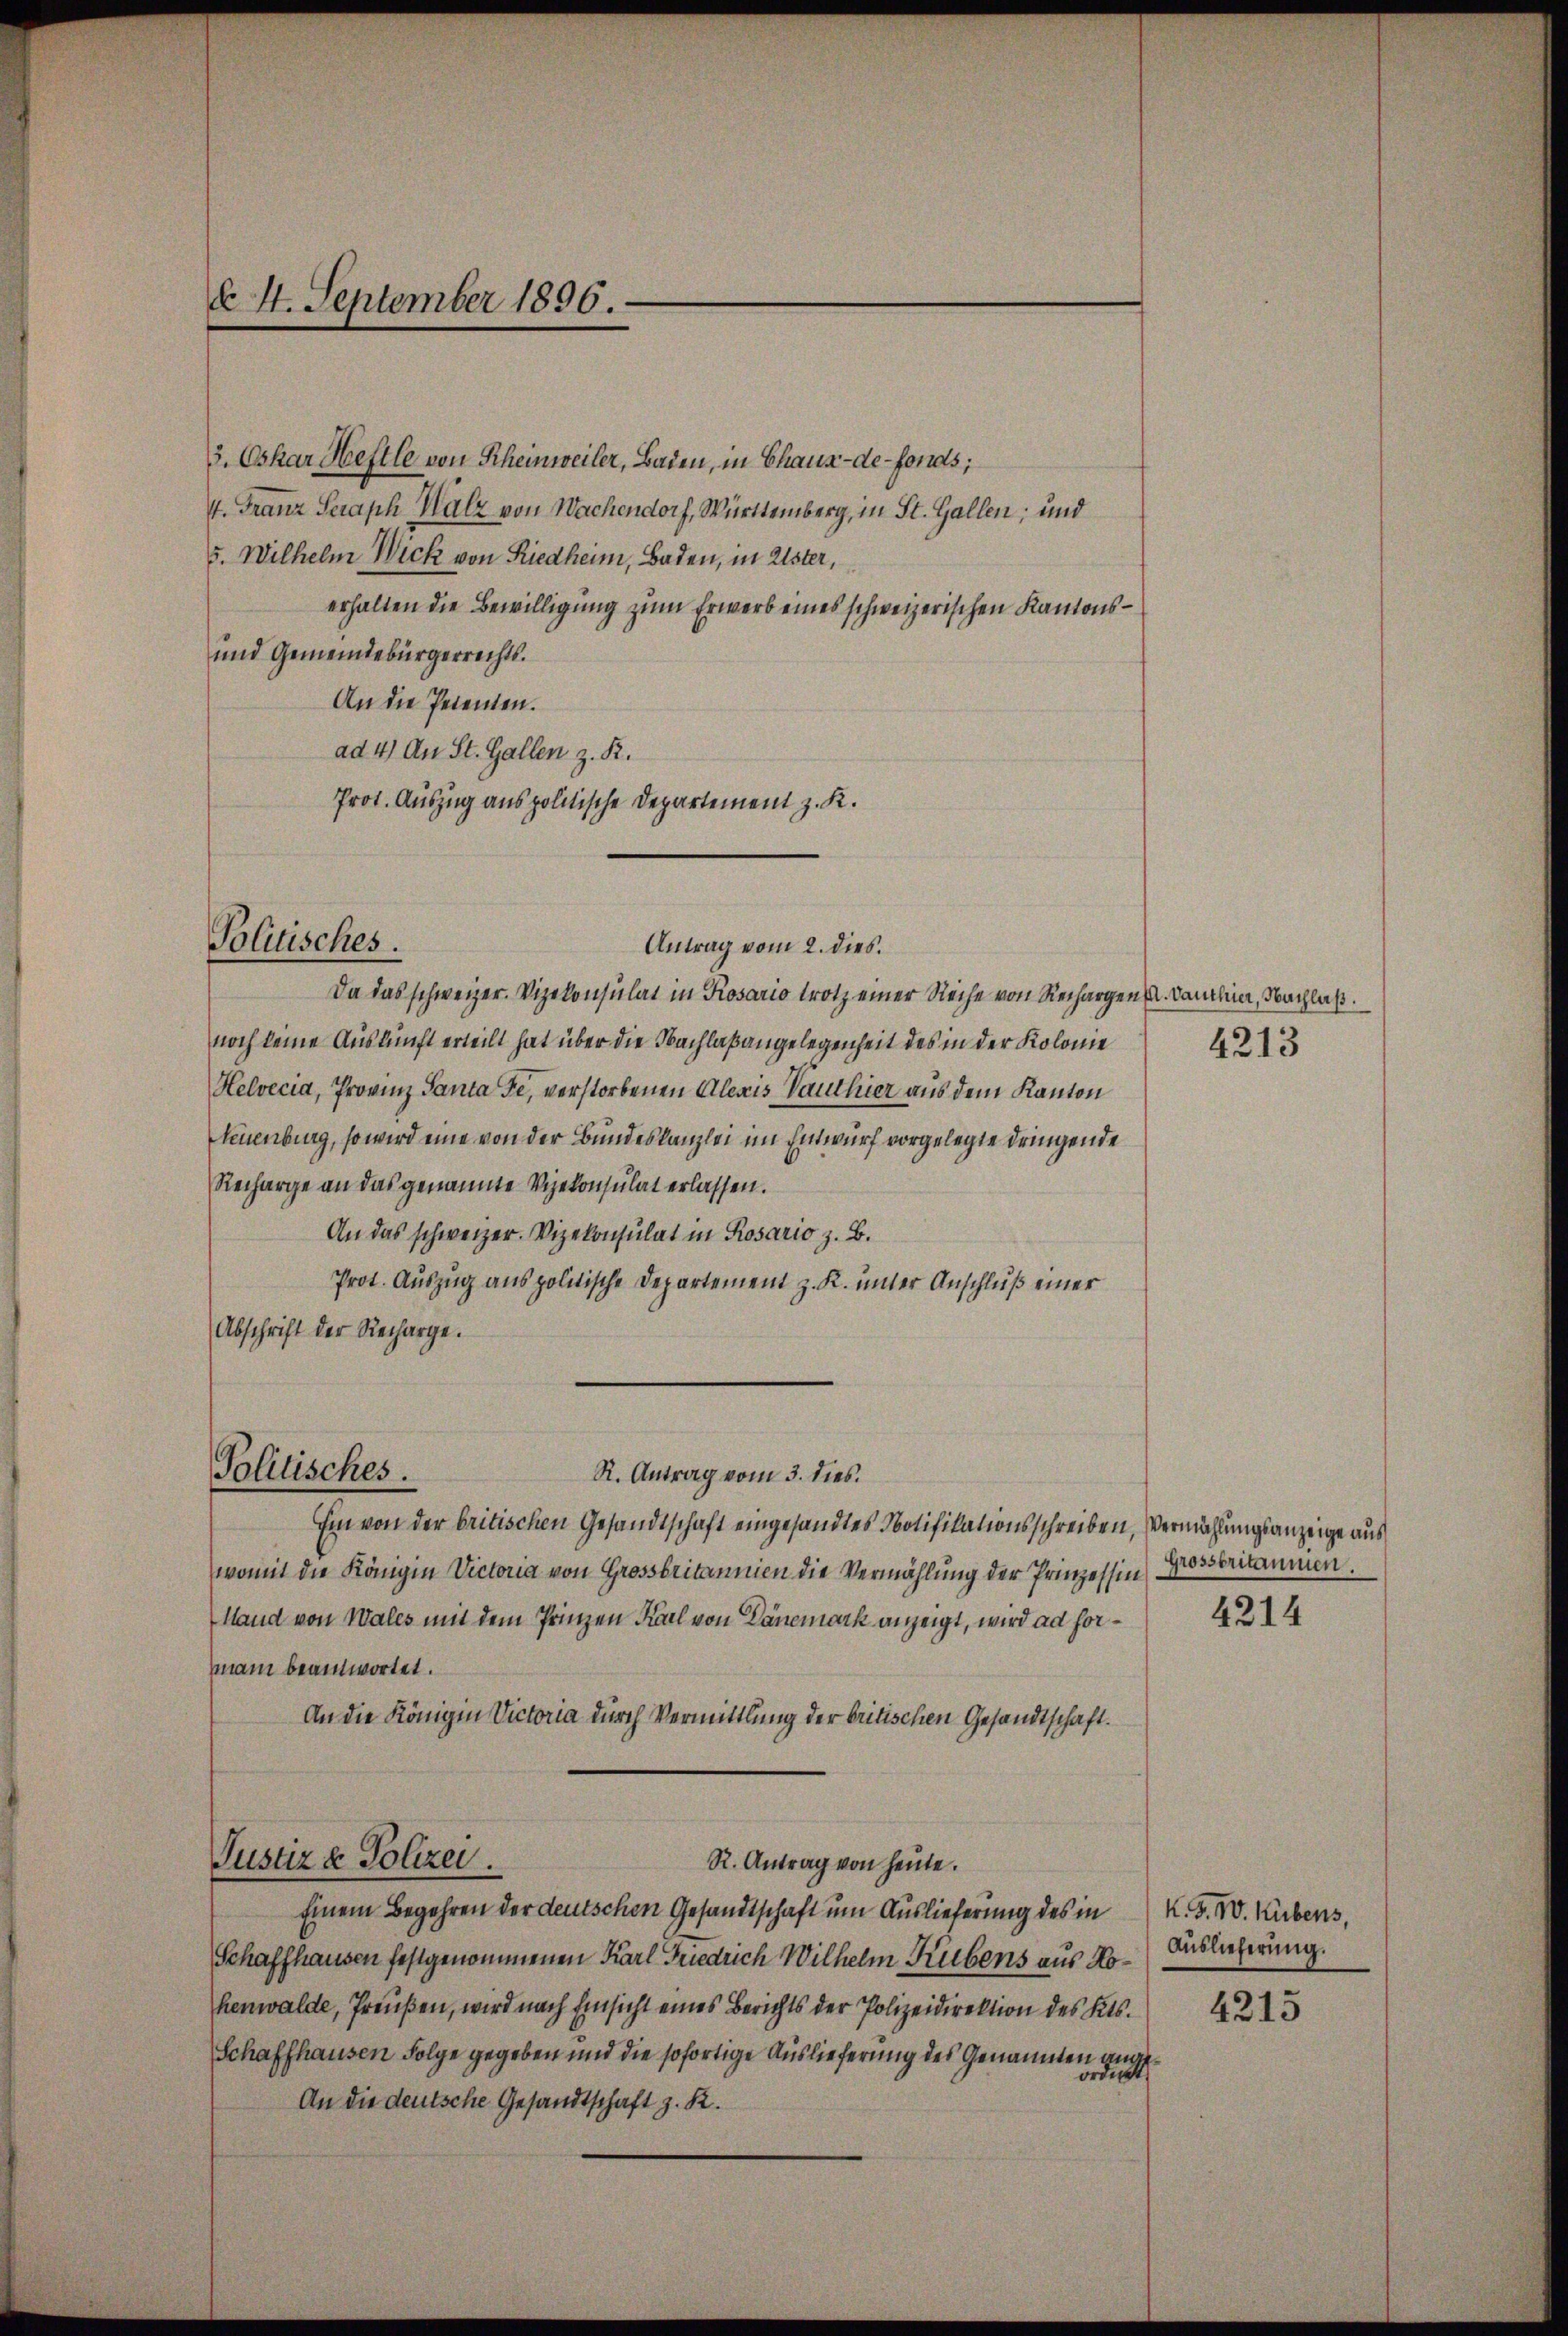
4. September 1896.

3. Oskar Heftle von Rheinweiler, Baden, in Chaux-de-Fonds;
4. Franz Seraph Malz von Wachendorf, Württemberg, in St. Gallen; und
5. Wilhelm Wick von Riedheim, Baden, in Uster,
erhalten die Bewilligung zum Erwerb eines schweizerischen Kantons¬
und Gemeindebürgerrechts.
An die Petenten.
ad 4) An St. Gallen z. R.
Prot. Auszug aus politische Departement z. K.

Politisches.

Politisches.

R. Antrag vom 3. dies.

Antrag vom 2. dies.
Da das schweizer. Vizekonsulat in Rosario trotz einer Reihe von Rechargen . Dantia, Nachlaß.
noch keine Auskunft erteilt hat über die Nachlaßangelegenheit des in der Kolonie
Helvecia, Provinz Panta Fe, verstorbenen Alexis Vauthier aus dem Kanton
Neuenburg, so wird eine von der Bundeskanzlei im Entwurf vorgelegte dringende
Recharge an das genannte Vizekonsulat erlassen.
An das schweizer. Vizekonsulat in Rosario z. B.
Prot. Auszug aus politische Departement z. K. unter Anschluß einer
Abschrift der Recharge.
Ein von der britischen Gesandtschaft eingesandtes Notifikationsschreiben, Vermählungsanzeige aus
womit die Königin Victoria von Grossbritannien die Vermählung der Prinzessin
Hand von Wales mit dem Prinzen Karl von Danemark anzeigt, wird ad horman beantwortet.
An die Königin Victoria durch Vermittlung der britischen Gesandtschaft.
Justiz & Polizei.
R. Antrag von heute.
Einem Begehren der deutschen Gesandtschaft um Auslieferung des in K. F. W. Kubens,
Schaffhausen festgenommenen Karl Friedrich Wilhelm Rübens aus Nohenwalde, Preußen, wird nach Einsicht eines Berichts der Polizeidirektion des Kts.
Schaffhausen Folge gegeben und die sofortige Auslieferung des Genannten
An die deutsche Gesandtschaft z. R.

4213

Grossbriannen.

4214

Auslieferung.

4215